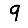
Digit: 9